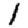
Digit: 1